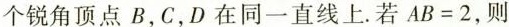
个锐角顶点B，C，D在同一直线上。若$$A B = 2$$，则